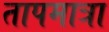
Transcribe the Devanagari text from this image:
तापमात्रा